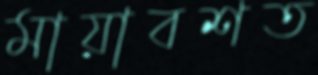
মায়াবশত